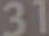
31